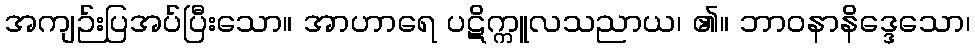
အကျဉ်းပြအပ်ပြီးသော။ အာဟာရေ ပဋိက္ကူလသညာယ၊ ၏။ ဘာဝနာနိဒ္ဒေသော၊